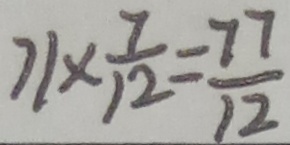
7 1 \times \frac { 7 } { 1 2 } = \frac { 7 7 } { 1 2 }